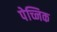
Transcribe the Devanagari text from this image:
पेच्निक